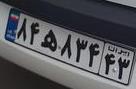
۸۴ه۸۳۴۴۳